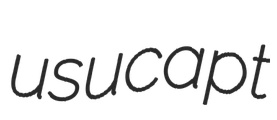
usucapt